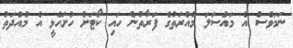
ނަމަވެސް އެ މައްސަލަ މުއްރަތުގެ ފަރާތުން ހައި ކޯޓަށް ހުށަހެޅީ އެ މުއްދަތު